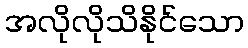
အလိုလိုသိနိုင်သော